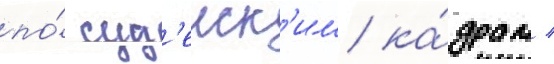
по́ суд'еиск'им ка́драм /